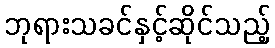
ဘုရားသခင်နှင့်ဆိုင်သည့်